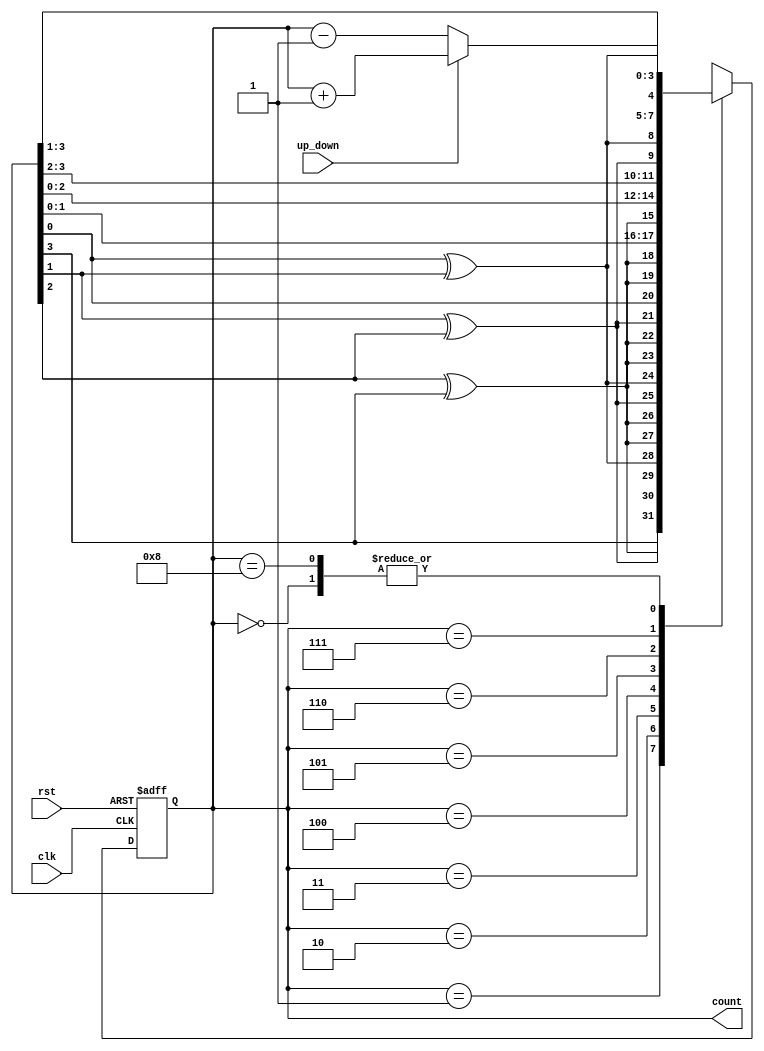
module gray_counter (
    input wire clk,
    input wire rst,
    input wire up_down, // 1 for up count, 0 for down count
    output reg [3:0] count
);

reg [3:0] next_count;

always @ (posedge clk or posedge rst) begin
    if (rst) begin
        count <= 4'b0000;
    end else begin
        if (up_down) begin
            next_count = count + 1;
        end else begin
            next_count = count - 1;
        end

        case (count)
            4'b0000: count <= next_count;
            4'b0001: count <= {count[3], count[2] ^ count[3], count[1] ^ count[2], count[0] ^ count[1]};
            4'b0010: count <= {count[3] ^ count[2], count[2] ^ count[3], count[1] ^ count[2], count[0] ^ count[1]};
            4'b0011: count <= {count[3] ^ count[2], count[2] ^ count[3], count[1] ^ count[2], count[0]};
            4'b0100: count <= {count[3] ^ count[2], count[2] ^ count[3], count[1], count[0]};
            4'b0101: count <= {count[3] ^ count[2], count[2], count[1], count[0]};
            4'b0110: count <= {count[3], count[2], count[1] ^ count[2], count[0] ^ count[1]};
            4'b0111: count <= {count[3], count[2], count[1], count[0] ^ count[1]};
            4'b1000: count <= next_count;
            default: count <= 4'bxxxx;
        endcase
    end
end

endmodule